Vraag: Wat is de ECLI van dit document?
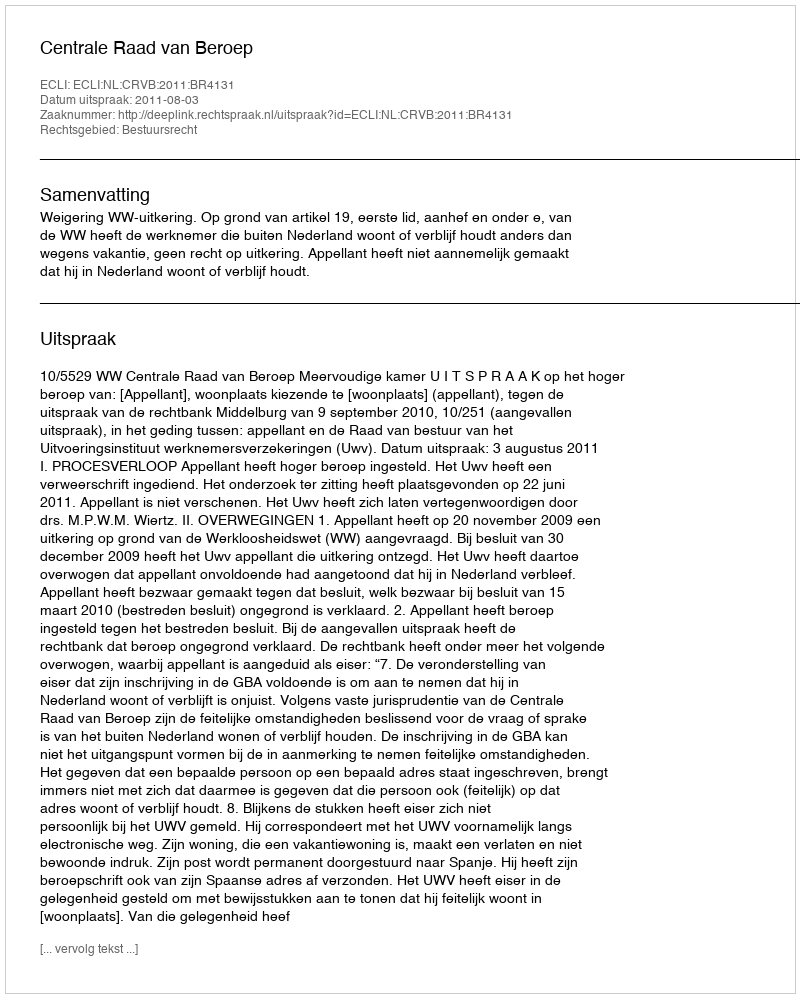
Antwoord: ECLI:NL:CRVB:2011:BR4131